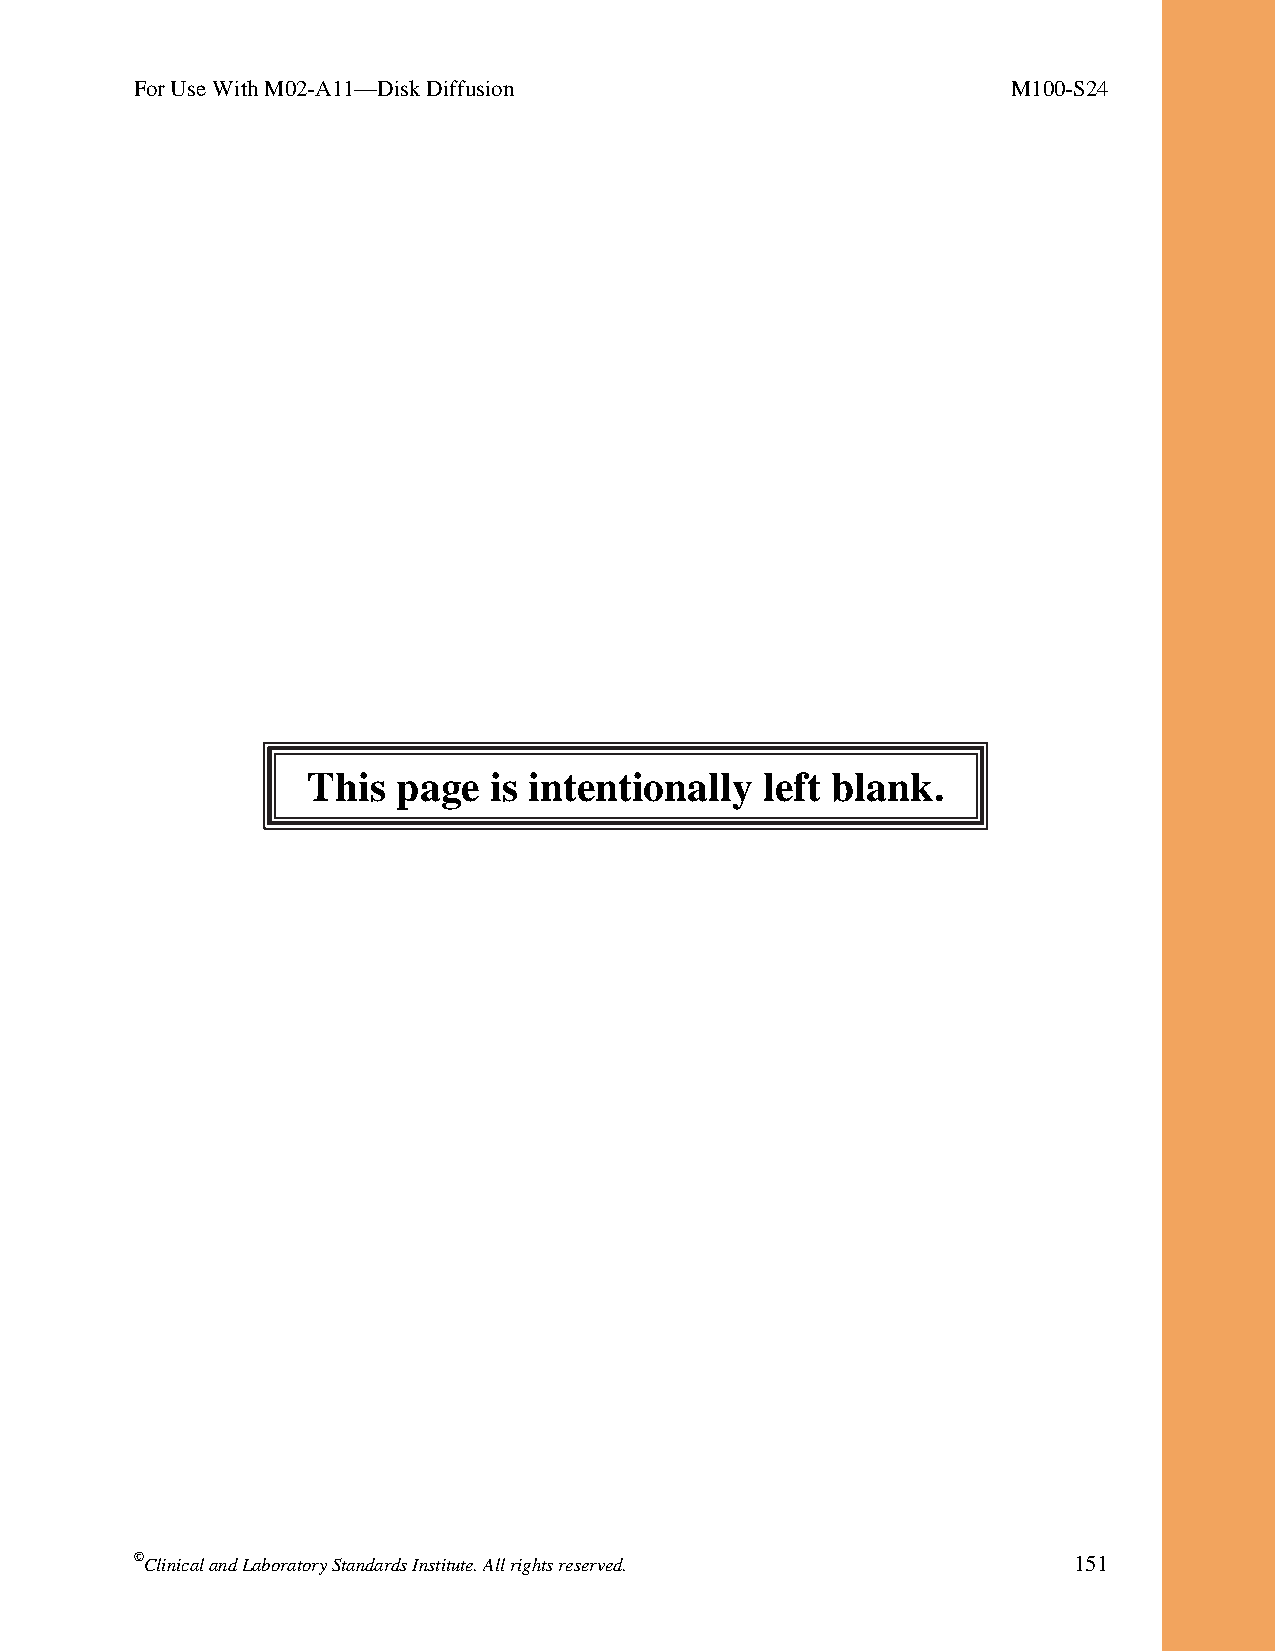
For Use With M02-A11—Disk Diffusion                       M100-S24
 This  page  is intentionally   left blank.
 ©Clinical and Laboratory Standards Institute. All rights reserved. 151
 Thisdocumentisprotectedbycopyright.
 PublishedOn1/1/2014.